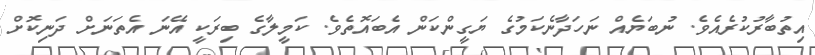
އިތުބާރުކުރެއެވެ. ނުބަޔެއް ނަހަދާނެކަމުގެ ޔަގީންކަން އެބައޮތެވެ. ކަމީލާގެ ބިރަކީ އޭނަ އެތަނަށް ދަނިކޮށް